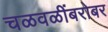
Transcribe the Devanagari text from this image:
चळवळींबरोबर